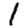
Digit: 1